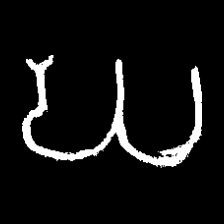
Pyu character \u2014 Myanmar letter: ဃ (romanized: gha)